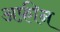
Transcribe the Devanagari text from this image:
अफ़ीन